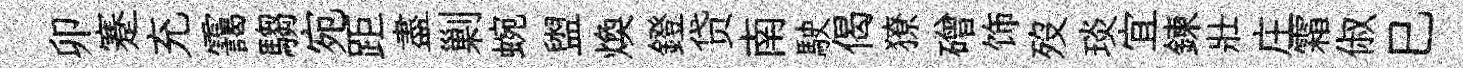
卯蹇充靄騶宛距盡剿蜿盥煥鐙贷南駛偈獠磳饰歿琰宜鍊壯庄霜俶巳